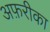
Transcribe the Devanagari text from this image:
अफ़रीका